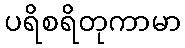
ပရိစရိတုကာမာ